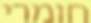
חומרי